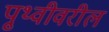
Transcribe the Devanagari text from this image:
पृ्थ्वीवरील